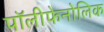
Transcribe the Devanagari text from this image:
पॉलीफेनोलिक